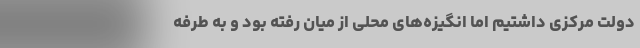
دولت مرکزی داشتیم اما انگیزه‌های محلی از میان رفته بود و به طرفه‌